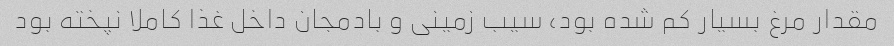
مقدار مرغ بسیار کم شده بود، سیب زمینی و بادمجان داخل غذا کاملا نپخته بود